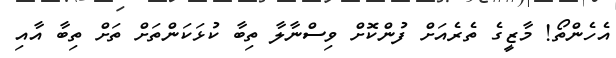
އެހެންތޯ! މާޒީގެ ތެރެއަށް ފުންކޮށް ވިސްނާލާ ތިބާ ކުޅަކަންތަށް ތަށް ތިބާ އާއި